Vaccination in Bombay 1902-1912 - 1902-1912
Year: 1902
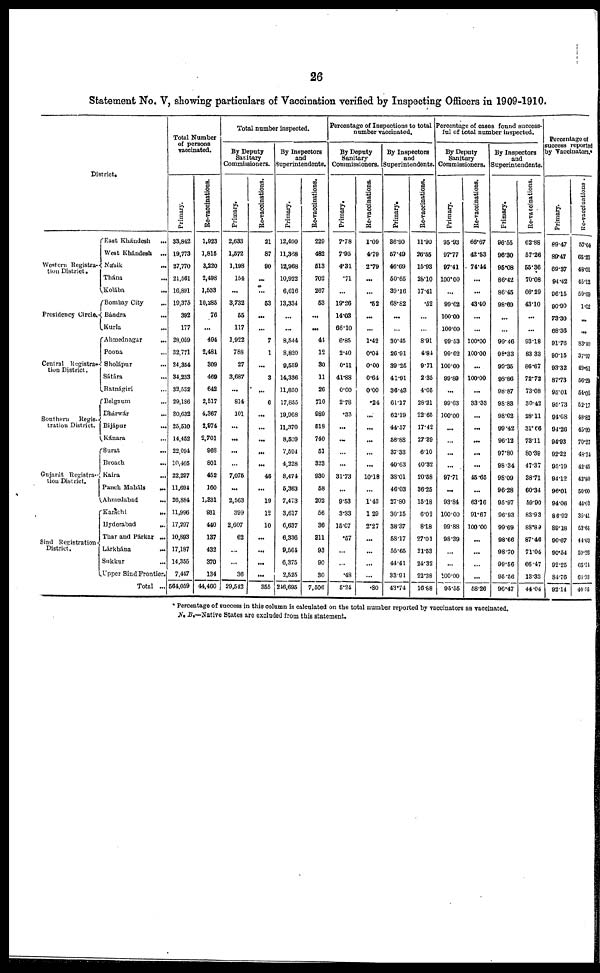
26
Statement No. V, showing particulars of Vaccination verified by Inspecting Officers in 1909-1910.
District.
Western Registra-
tion District.
Presidency Circle.
Central
Registra-
tion District.
Southern
Regis-
tration District.
Gujarát Registra-
tion District.
Sind Registration
District.
East Khándesh
...
West Khándesh
...
Násik ...
Thána ...
Kolába
...
Bombay City ...
Bándra ...
Kurla ...
Ahmednagar
...
Poona ...
Sholápur
...
Sátára ...
Ratnágiri
...
Belgaum
...
Dhárwár
...
Bijápur ...
Kánara ...
Surat ...
Broach
...
Kaira
...
Panch Maháls ...
Ahmedabad
...
Karáchi
...
Hyderabad
...
Thar and Párkar ...
Lárkhána
...
Sukkur ...
Upper Sind Frontier.
Total ...
Total Number
of persons
vaccinated.
Primary.
33,842
19,773
27,770
21,561
16,891
19,375
392
177
28,059
32,771
24,354
34,233
32,532
29,186
30,632
25,510
14,452
22,094
10,405
22,297
11,694
26,884
11,996
17,297
10,893
17,187
14,355
7,447
564,059
Re-vaccinations.
1,923
1,815
3,220
2,498
1,533
10,285
76
...
494
2,481
309
469
642
2,517
4,367
2,974
2,701
968
801
452
160
1,331
931
440
137
432
370
134
44,460
Total number inspected.
By Deputy
Sanitary
Commissioners.
Primary.
2,633
1,572
1,198
154
...
3,732
55
117
1,922
788
27
3,687
...
814
101
...
...
...
...
7,075
...
2,563
399
2,607
62
...
...
36
29,542
Re-vaccinations.
21
87
90
...
...
53
...
...
7
1
...
3
...
6
...
...
...
...
...
46
...
19
12
10
...
...
...
...
355
By Inspectors
and
Superintendents.
Primary.
12,490
11,368
12,968
10,922
6,616
13,334
...
...
8,544
8,820
9,559
14,336
11,850
17,855
19,968
11,370
8,509
7,594
4,228
8,474
5,363
7,473
3,617
6,637
6,336
9,564
6,375
2,525
246,695
Re-vaccinations.
229
482
513
702
267
53
...
...
44
12
30
11
26
710
989
518
740
51
323
930
58
202
56
36
311
93
90
30
7,506
Percentage of Inspections to total
number vaccinated.
By Deputy
Sanitary
Commissioners.
Primary.
7.78
7.95
4.31
.71
...
19.26
14.03
66.10
6.85
2.40
0.11
41.88
0.00
2.78
.33
...
...
...
...
31.73
...
9.53
3.33
15.07
.57
...
...
.48
5.24
Re-vaccinations.
1.09
4.79
2.79
...
...
.52
...
...
1.42
0.04
0.00
0.64
0.00
.24
...
...
...
...
...
10.18
...
1.43
1.29
2.27
...
...
...
...
.80
By Inspectors
and
Superintendents.
Primary.
36.90
57.49
46.69
50.65
39.16
68.82
...
...
30.45
26.91
39.25
41.91
36.43
61.17
62.19
44.57
58.88
37.33
40.63
38.01
46.03
27.80
30.15
38.37
58.17
55.65
44.41
33.91
43.74
Re-vaccinations.
11.90
26.55
15.93
28.10
17.41
.52
...
...
8.91
4.84
9.71
2.35
4.05
28.21
22.65
17.42
27.39
6.10
40.32
20.58
36.25
15.18
6.02
8.18
27.01
21.53
24.32
22.38
16.88
Percentage of cases found success-
ful of total number inspected.
By Deputy
Sanitary
Commissioners.
Primary.
95.93
97.77
97.41
100.00
...
99.62
100.00
100.00
99.53
99.62
100.00
99.89
...
99.63
100.00
...
...
...
...
97.71
...
93.84
100.00
99.88
98.39
...
...
100.00
95.55
Re-vaccinations.
66.67
42.53
74.44
...
...
43.40
...
...
100.00
100.00
...
100.00
...
33.33
...
...
...
...
...
45.65
...
63.16
91.67
100.00
...
...
...
...
58.26
By Inspectors
and
Superintendents.
Primary.
96.55
96.30
95.08
86.42
86.45
98.69
...
...
99.46
98.33
99.35
98.86
98.87
98.83
98.02
99.42
96.12
97.80
98.34
98.09
96.28
95.97
96.93
99.69
98.66
98.70
99.56
95.56
96.47
Re-vaccinations.
62.88
57.26
55.36
70.08
66.29
43.10
...
...
93.18
83.33
86.67
72.72
73.08
30.42
28.11
31.66
73.11
80.39
47.37
38.71
60.34
59.90
83.93
88.89
87.46
71.04
66.47
13.33
44.04
Percentage of
success reported
by Vaccinators.*
Primary.
89.47
89.47
69.37
94.42
96.15
90.90
73.30
68.36
91.76
90.15
93.32
87.73
95.01
95.73
94.68
94.26
94.93
92.22
95.19
94.12
96.01
94.06
86.92
89.18
90.67
90.54
92.25
84.76
92.14
Re-vaccinations.
57.04
65.23
48.01
45.12
59.69
1.02
...
...
83.40
37.97
49.51
56.29
54.05
52.17
48.82
45.99
70.27
48.24
42.45
43.80
50.00
44.03
35.41
53.64
44.03
59.26
65.14
64.93
40.55
* Percentage of success in this column is calculated on the total number reported by vaccinators as vaccinated.
N. B.—Native States are excluded from this statement.